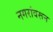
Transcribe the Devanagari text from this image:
नगरांवरून